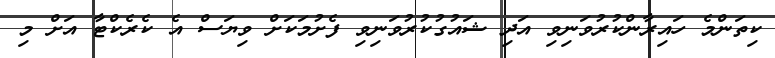
ކިތަންމެ ހައިރާންކުރުވަނިވި އަދި ޝައުގުކުރުވަނިވި ފެށުމަކަށް ވިޔަސް އެ ކެރެކްޓާ އަށް މި